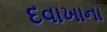
દવાખાના